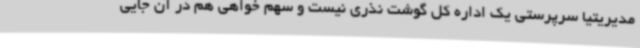
مدیریتیا سرپرستی یک اداره کل گوشت نذری نیست و سهم خواهی هم در آن جایی